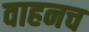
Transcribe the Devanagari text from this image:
वाहनच